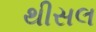
થીસલ